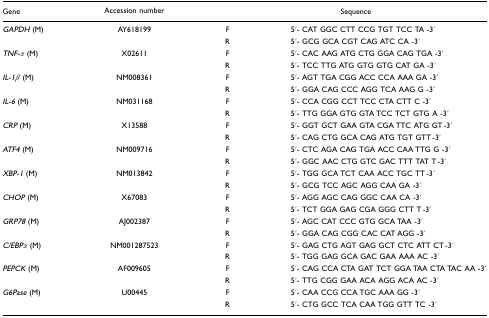
| Gene | Accession number |  | Sequence |
 | --- | --- | --- | --- |
 | GAPDH (M) | AY618199 | F | 5′- CAT GGC CTT CCG TGT TCC TA -3′ |
 |  |  | R | 5′- GCG GCA CGT CAG ATC CA -3′ |
 | TNF-α (M) | X02611 | F | 5′- CAC AAG ATG CTG GGA CAG TGA -3′ |
 |  |  | R | 5′- TCC TTG ATG GTG GTG CAT GA -3′ |
 | IL-1β (M) | NM008361 | F | 5′- AGT TGA CGG ACC CCA AAA GA -3′ |
 |  |  | R | 5′- GGA CAG CCC AGG TCA AAG G -3′ |
 | IL-6 (M) | NM031168 | F | 5′- CCA CGG CCT TCC CTA CTT C -3′ |
 |  |  | R | 5′- TTG GGA GTG GTA TCC TCT GTG A -3′ |
 | CRP (M) | X13588 | F | 5′- GGT GCT GAA GTA CGA TTC ATG GT -3′ |
 |  |  | R | 5′- CAG CTG GCA CAG ATG TGT GTT -3′ |
 | ATF4 (M) | NM009716 | F | 5′- CTC AGA CAG TGA ACC CAA TTG G -3′ |
 |  |  | R | 5′- GGC AAC CTG GTC GAC TTT TAT T -3′ |
 | XBP-1 (M) | NM013842 | F | 5′- TGG GCA TCT CAA ACC TGC TT -3′ |
 |  |  | R | 5′- GCG TCC AGC AGG CAA GA -3′ |
 | CHOP (M) | X67083 | F | 5′- AGG AGC CAG GGC CAA CA -3′ |
 |  |  | R | 5′- TCT GGA GAG CGA GGG CTT T -3′ |
 | GRP78 (M) | AJ002387 | F | 5′- AGC CAT CCC GTG GCA TAA -3′ |
 |  |  | R | 5′- GGA CAG CGG CAC CAT AGG -3′ |
 | C/EBPα (M) | NM001287523 | F | 5′- GAG CTG AGT GAG GCT CTC ATT CT -3′ |
 |  |  | R | 5′- TGG GAG GCA GAC GAA AAA AC -3′ |
 | PEPCK (M) | AF009605 | F | 5′- CAG CCA CTA GAT TCT GGA TAA CTA TAC AA -3′ |
 |  |  | R | 5′- TTG CGG GAA ACA AGG ACA AC -3′ |
 | G6Pase (M) | U00445 | F | 5′- CAA CCG CCA TGC AAA GG -3′ |
 |  |  | R | 5′- CTG GCC TCA CAA TGG GTT TC -3′ |